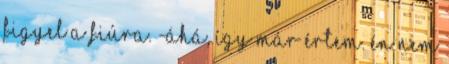
figyel a fiúra. -Áhá, így már értem. Én nem